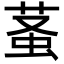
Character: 𧊬